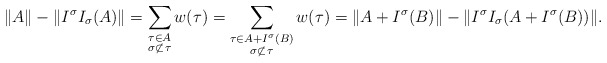
\begin{align*}\|A\| - \|I^\sigma I_\sigma(A)\| = \sum_{\substack{\tau \in A \\ \sigma \not \subset \tau}} w(\tau) = \sum_{\substack{\tau \in A+I^\sigma(B) \\ \sigma \not \subset \tau}} w(\tau)= \|A+I^\sigma(B)\| - \|I^\sigma I_\sigma(A+I^\sigma(B))\|.\end{align*}